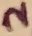
Text: 2